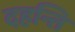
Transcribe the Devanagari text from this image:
दहन्ति